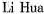
Li Hua